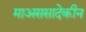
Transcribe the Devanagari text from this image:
माअससादेकीन